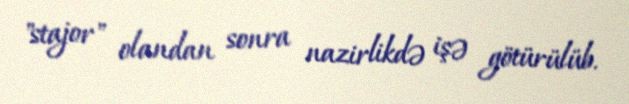
"stajor" olandan sonra nazirlikdə işə götürülüb.